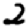
Digit: 2